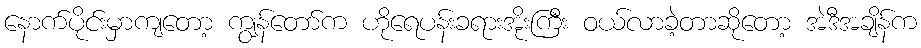
နောက်ပိုင်းမှာကျတော့ ကျွန်တော်က ဟိုရေပန်းခရားအိုးကြီး ဝယ်လာခဲ့တာဆိုတော့ အဲဒီအချိန်က